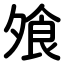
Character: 飧